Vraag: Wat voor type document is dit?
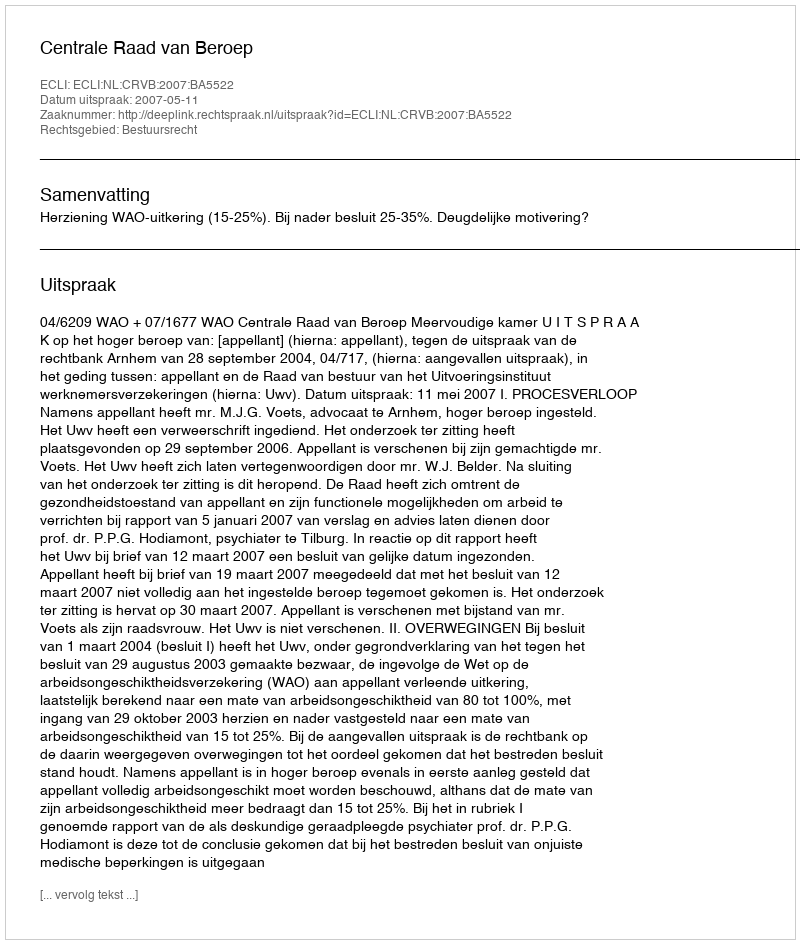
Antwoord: Uitspraak